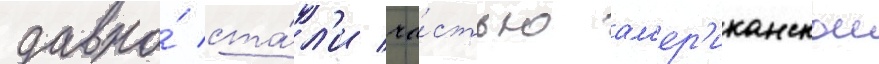
давно́ ста́л'и ча́стью ам'ер'иканскои